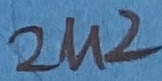
Text: 2U2